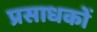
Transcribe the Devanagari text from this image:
प्रसाधकों